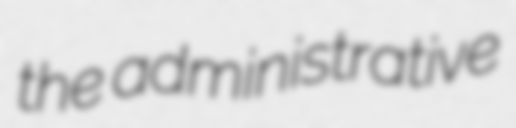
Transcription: the administrative